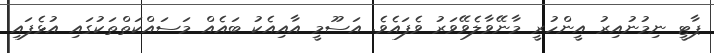
ޕާޓީ ނިމުނުއިރު އީންހުރީ މާނޭވާލެވޭވަރު ވެފައެވެ. އަސޫމީ އާއިއެކު ބައެއް މަސައްކަތްތަކުގައި އުޅެފައި